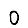
Digit: 0